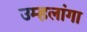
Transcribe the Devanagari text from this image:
उम्हलांगा